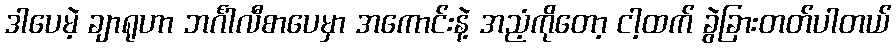
ဒါပေမဲ့ ချာရုဟာ ဘင်္ဂါလီစာပေမှာ အကောင်းနဲ့ အညံ့ကိုတော့ ငါ့ထက် ခွဲခြားတတ်ပါတယ်